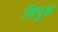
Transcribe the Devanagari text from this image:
विपुक्ष